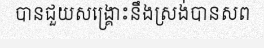
បានជួយសង្គ្រោះនឹងស្រង់បានសព